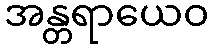
အန္တရာယေဝ